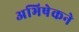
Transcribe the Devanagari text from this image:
अभिषेकने